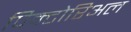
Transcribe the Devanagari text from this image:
पिक्टोरिअल